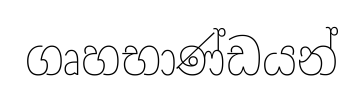
ගෘහභාණ්ඩයන්